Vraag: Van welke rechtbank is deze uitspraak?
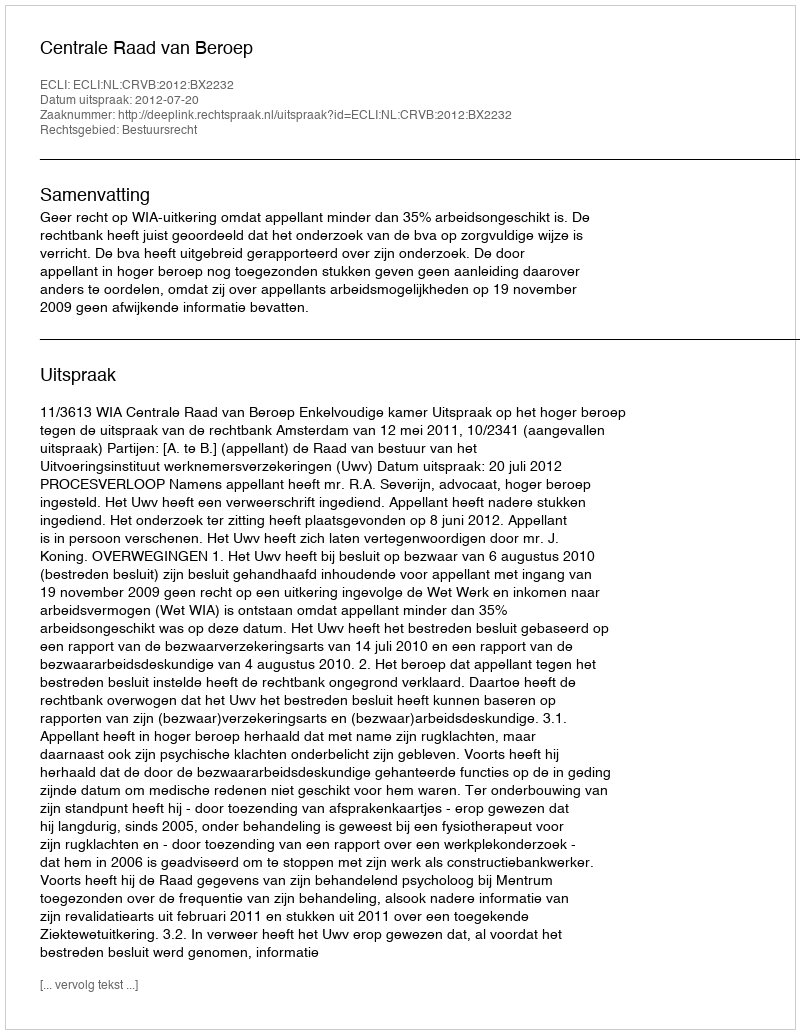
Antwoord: Centrale Raad van Beroep